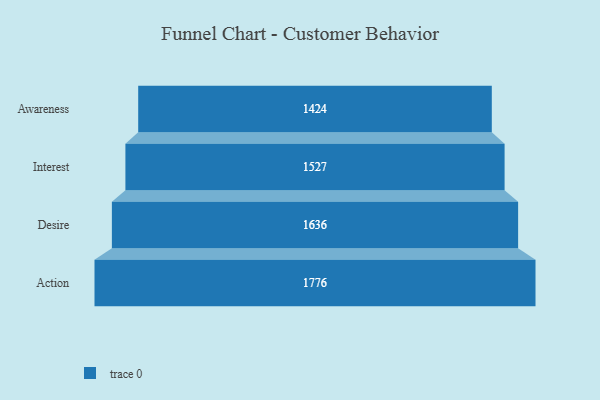
{"axis": {"x": "Stage", "y": "Value"}, "legend": [""], "data": [{"x": "Awareness", "y": 1424.0, "type": ""}, {"x": "Interest", "y": 1527.0, "type": ""}, {"x": "Desire", "y": 1636.0, "type": ""}, {"x": "Action", "y": 1776.0, "type": ""}]}